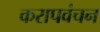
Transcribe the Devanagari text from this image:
करापवंचन